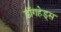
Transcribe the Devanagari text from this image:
डॉगहेड्स